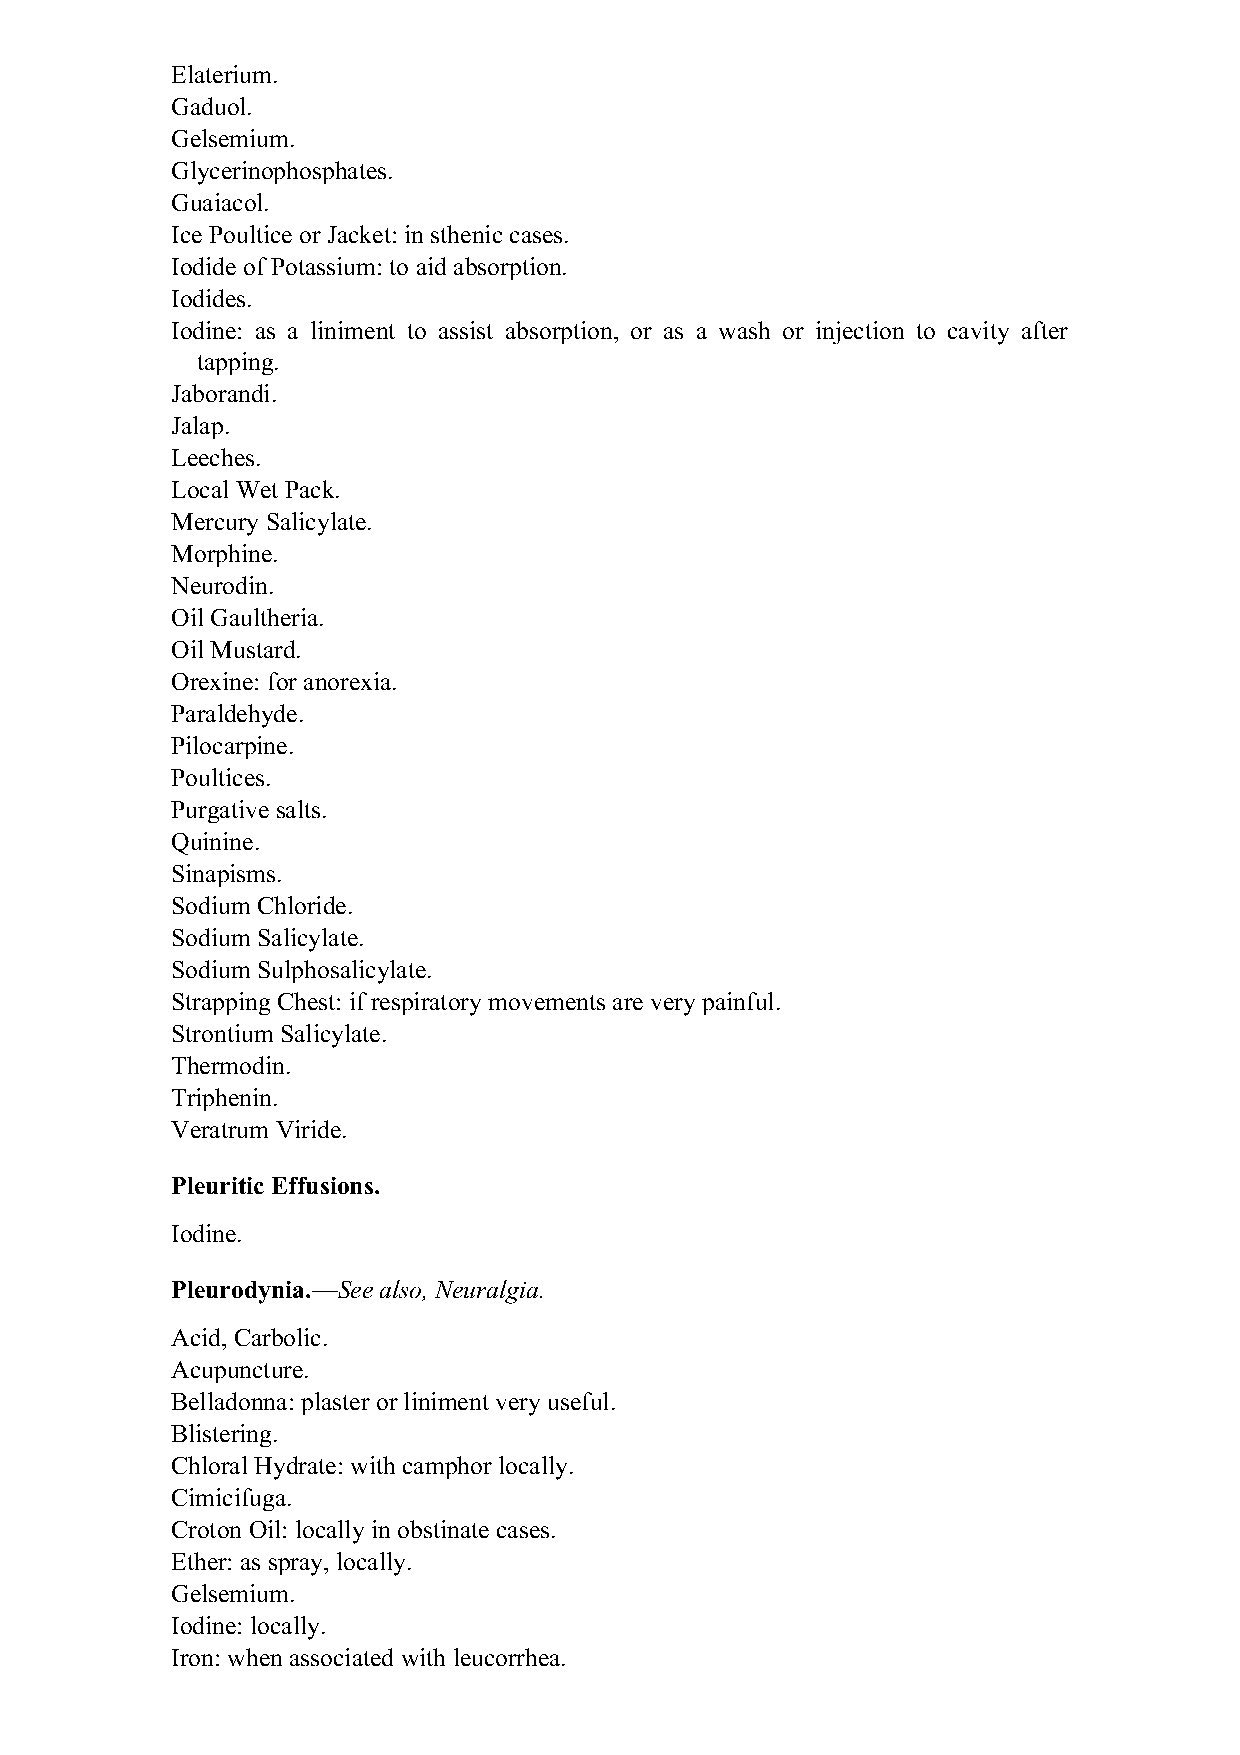
Elaterium.
 Gaduol.
 Gelsemium.
 Glycerinophosphates.
 Guaiacol.
 Ice Poultice or Jacket: in sthenic cases.
 Iodide of Potassium: to aid absorption.
 Iodides.
 Iodine: as a liniment to assist absorption, or as a wash or injection to cavity after
 tapping.
 Jaborandi.
 Jalap.
 Leeches.
 Local Wet Pack.
 Mercury Salicylate.
 Morphine.
 Neurodin.
 Oil Gaultheria.
 Oil Mustard.
 Orexine: for anorexia.
 Paraldehyde.
 Pilocarpine.
 Poultices.
 Purgative salts.
 Quinine.
 Sinapisms.
 Sodium Chloride.
 Sodium Salicylate.
 Sodium Sulphosalicylate.
 Strapping Chest: if respiratory movements are very painful.
 Strontium Salicylate.
 Thermodin.
 Triphenin.
 Veratrum Viride.
 Pleuritic Effusions.
 Iodine.
 Pleurodynia.—See also, Neuralgia.
 Acid, Carbolic.
 Acupuncture.
 Belladonna: plaster or liniment very useful.
 Blistering.
 Chloral Hydrate: with camphor locally.
 Cimicifuga.
 Croton Oil: locally in obstinate cases.
 Ether: as spray, locally.
 Gelsemium.
 Iodine: locally.
 Iron: when associated with leucorrhea.